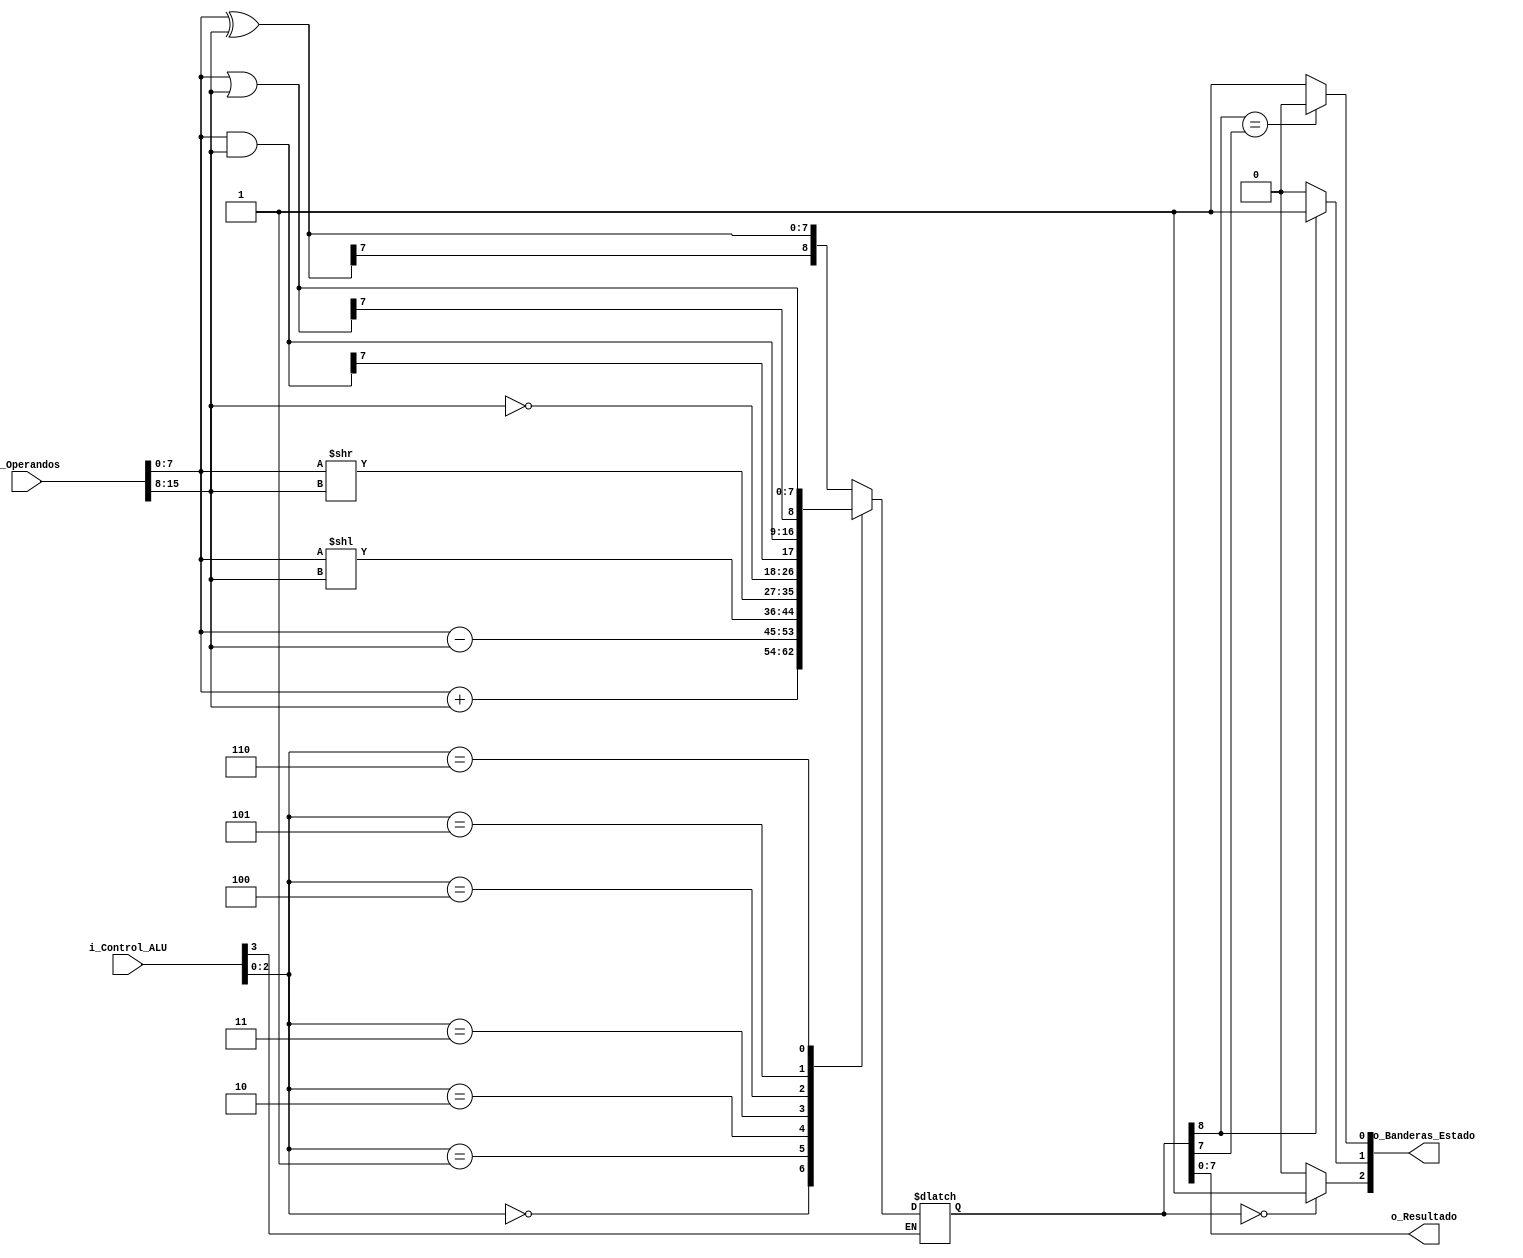
//`timescale 1ns / 1ps
//////////////////////////////////////////////////////////////////////////////////
// Company: 
// Engineer: 
// 
// Design Name: 
// Module Name: ALU
// Project Name: 
// Target Devices: 
// Tool Versions: 
// Description: 
// 
// Dependencies: 
// 
// Revision:
// Revision 0.01 - File Created
// Additional Comments:
// 
//////////////////////////////////////////////////////////////////////////////////


module ALU(
    input [3:0] i_Control_ALU,
    input [15:0] i_Operandos,
    output [7:0] o_Resultado,
    output [2:0] o_Banderas_Estado
    );
    
    reg signed [8:0] Resultado = 0;
    wire signed [7:0]op1;
    wire signed [7:0]op2;
	wire [2:0] Operacion;
	wire Control;
	wire Z;
	wire N;
	wire C;
	
	assign Control = i_Control_ALU[3];
	assign Operacion = i_Control_ALU[2:0];
    assign op1 = i_Operandos[7:0];
    assign op2 = i_Operandos[15:8]; 
    
always @(i_Control_ALU or Operacion or op1 or op2) 
begin
	if (Control) 
	begin
		case (Operacion)
			3'b000: Resultado <= op1 + op2;
			3'b001: Resultado <= op1 - op2;
			3'b010: Resultado <= op1 << op2;
			3'b011: Resultado <= op1 >> op2;
			3'b100: Resultado <= ~op2;
			3'b101: Resultado <= op1 & op2;
			3'b110:	Resultado <= op1 | op2;
			default: Resultado <= op1 ^ op2; 
		endcase
	end
	else
		Resultado <= Resultado;
end

assign Z = (Resultado == 0) ? 1'b1 : 1'b0;
assign N = (Resultado[8] == 1) ? 1'b1 : 1'b0;
assign C = (Resultado[8] == Resultado[7]) ? 1'b0 : 1'b1;

assign o_Resultado = Resultado[7:0];
assign o_Banderas_Estado = {Z, N, C};

endmodule